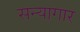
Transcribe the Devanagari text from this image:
सन्यागार